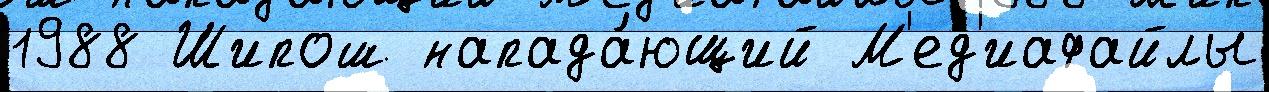
1988 Шипош напада́ющий М'ед'иафайлы